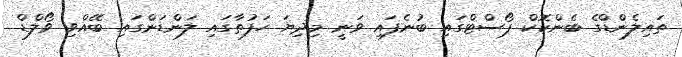
ތައިލެންޑްގެ ބެންކޮކް ޕޯސްޓްގައި ބުނެފައި ވަނީ މިދިޔަ ހަފުތާގައި ލަންޑަންގައި ބޭއްވި ވޯލްޑް